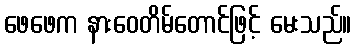
ဖေဖေက နားဝေတိမ်တောင်ဖြင့် မေးသည်။